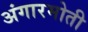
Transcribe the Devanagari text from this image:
अंगारमोती